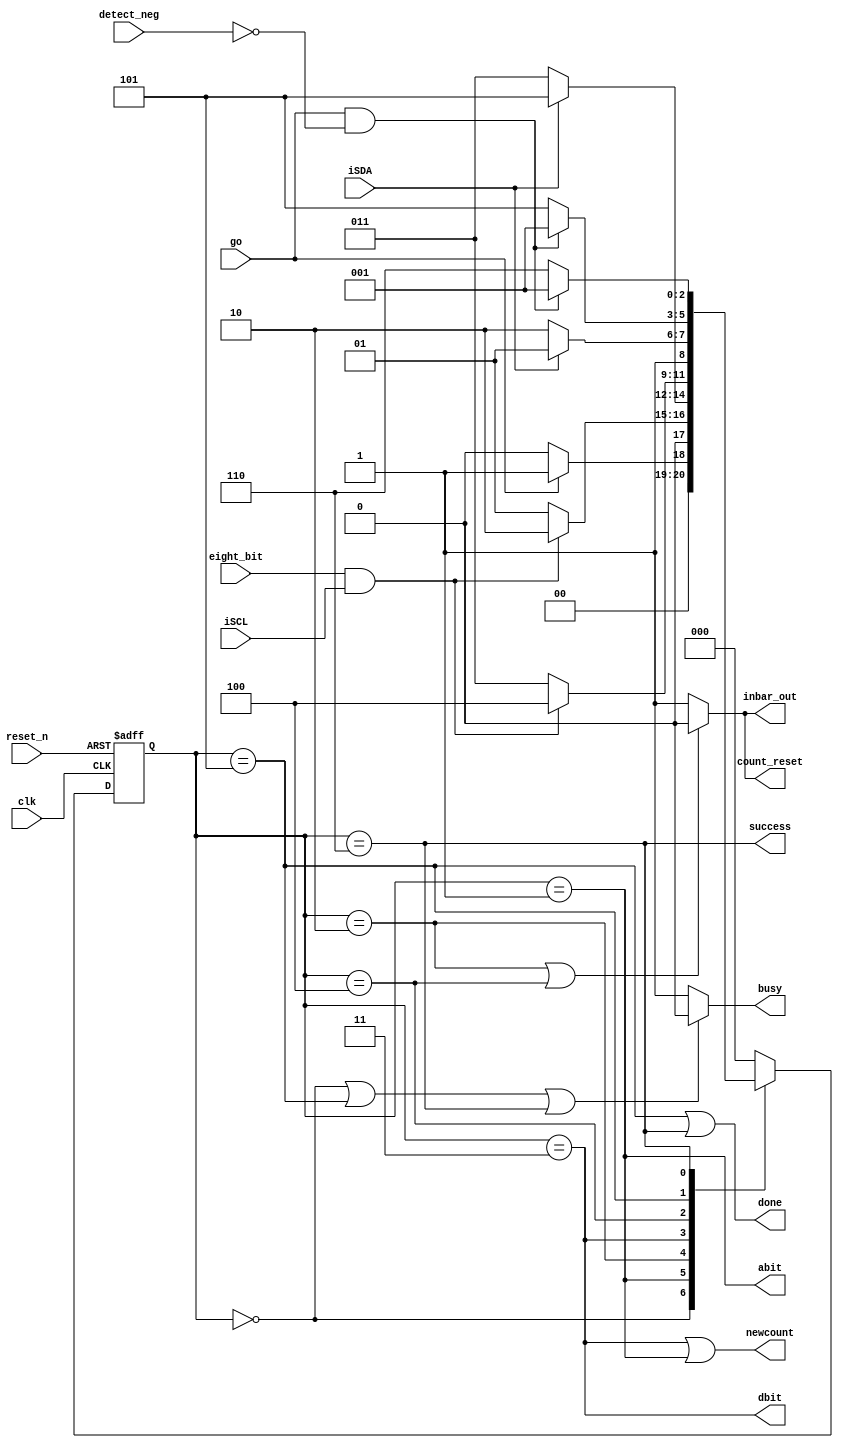

/******************************************************************* 
 *  
 * Module: ControlUnit_FSM.v 
 * Project: i2cMaster
 * Description: This models a FSM of the system 
 *
 * Change history: 02/11/18  Started Working  
 *                 10/29/17  Did something else 
 *  
 **********************************************************************/ 

// Assumptions
/*
    I assume that after transmitting a byte to the bus, if acknowledge = 1 (active low) then the transaction is ended up with success = 0

*/


`timescale 1ns/1ns

module ControlUnit_FSM( clk, reset_n, go, eight_bit, iSDA, iSCL,  detect_neg, busy, newcount, abit, dbit, done, success , inbar_out,  count_reset );
    input clk;
    input reset_n;
    input go;
    input eight_bit;
    input iSDA;
    input iSCL;
    
    input detect_neg;

    output busy;
    output newcount;   // enabler of counter 
    output abit;
    output dbit;
    output done;
    output success;
    
    output inbar_out;   // enabler of the tristate buffer handling the inout SDA port 
    


    output count_reset;

    reg [2:0] current_state, next_state;
    
     // states declaration
    parameter IDLE_STATE = 3'b000;
    parameter ADDRESS_STATE = 3'b001;
    parameter ACK_ADDR_STATE = 3'b010;
    parameter DATA_STATE = 3'b011;
    parameter ACK_DATA_STATE = 3'b100;
    parameter FAIL_FINISH_STATE = 3'b101;       
    parameter SUCCESS_FINISH_STATE = 3'b110;      
    
    // state register- sequential logic
    always@(posedge clk or negedge reset_n)
       if(!reset_n)
            current_state <= IDLE_STATE;    
       else 
            current_state <= next_state;
            
            
    // next state Logic- Combinational logic     
    always@(go or eight_bit or iSDA or current_state or iSCL) begin
        case (current_state)
            IDLE_STATE:
                if(go) 
                    next_state = ADDRESS_STATE;
                else
                    next_state = IDLE_STATE;
            
            
            ADDRESS_STATE:
                if(eight_bit && iSCL)   
                    next_state = ACK_ADDR_STATE;
                else
                    next_state = ADDRESS_STATE;
                    
                    
 
            ACK_ADDR_STATE:    // in this state, we automatically made the inout act as input so we need to check iSDA
                if(iSDA )     // active low acknowledge 
                    next_state = FAIL_FINISH_STATE;
                else 
                    next_state = DATA_STATE;
            
            DATA_STATE:
                if(eight_bit && iSCL)
                    next_state = ACK_DATA_STATE;
                else
                    next_state = DATA_STATE;
                    
            
            ACK_DATA_STATE:
                if(iSDA)
                    next_state = FAIL_FINISH_STATE;
                else
                    next_state = SUCCESS_FINISH_STATE;
                    
            
            FAIL_FINISH_STATE:
                if(go && !detect_neg)
                    next_state = ADDRESS_STATE;  
                
                else
                    next_state = FAIL_FINISH_STATE;
            
            SUCCESS_FINISH_STATE:
                 if(go && !detect_neg)
                    next_state = ADDRESS_STATE;  
                
                else
                    next_state = SUCCESS_FINISH_STATE;
            
            
            default: next_state = IDLE_STATE;
            
        endcase
    
    end
    

    
    // output logic
    assign busy = ( (current_state == IDLE_STATE) || (current_state == FAIL_FINISH_STATE) || (current_state == SUCCESS_FINISH_STATE) ) ? 0: 1;
    assign newcount = ((current_state == DATA_STATE) || (current_state == ADDRESS_STATE));   // enabler of the counter 
    assign abit = (current_state == ADDRESS_STATE);
    assign dbit = (current_state == DATA_STATE) ;
    
    assign done = ((current_state == FAIL_FINISH_STATE) || (current_state == SUCCESS_FINISH_STATE) );   
    
    assign success = (current_state == SUCCESS_FINISH_STATE) ;    
    
    assign inbar_out = ((current_state == ACK_ADDR_STATE) || (current_state == ACK_DATA_STATE)) ? 0:1;   // the only situation we need SDA to act as an input is in the acknowledge state when we wait for ack signal
                                                                                                                    // from iSDA


   assign count_reset = (current_state == ACK_ADDR_STATE || current_state == ACK_DATA_STATE) ? 0 :1;  // active low
   

endmodule